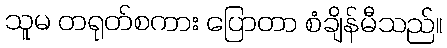
သူမ တရုတ်စကား ပြောတာ စံချိန်မီသည်။